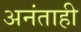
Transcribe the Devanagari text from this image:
अनंताही